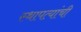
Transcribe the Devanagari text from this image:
स्थापत्यांची